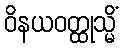
ဝိနယဝတ္ထုသ္မိံ